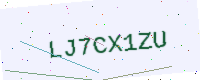
Text: LJ7CX1ZU